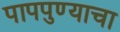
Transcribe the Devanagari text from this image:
पापपुण्याचा